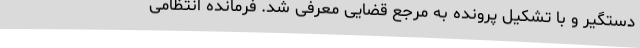
دستگیر و با تشکیل پرونده به مرجع قضایی معرفی شد. فرمانده انتظامی